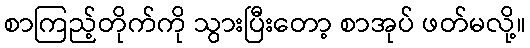
စာကြည့်တိုက်ကို သွားပြီးတော့ စာအုပ် ဖတ်မလို့။